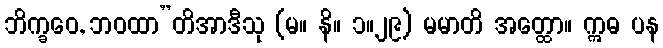
ဘိက္ခဝေ, ဘဝထာ”တိအာဒီသု (မ။ နိ။ ၁။၂၉) မမာတိ အတ္ထော။ ဣဓ ပန